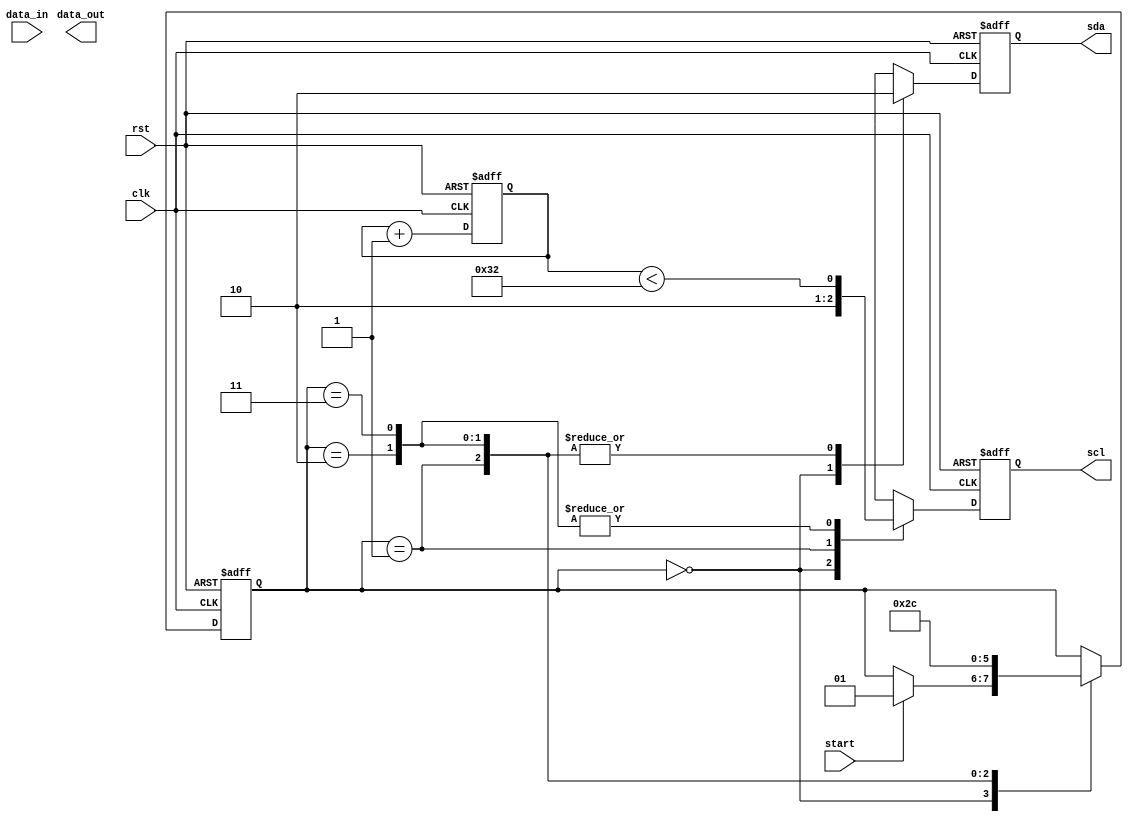
module i2c_controller (
  input wire clk,        // System clock
  input wire rst,        // Reset signal
  input wire start,      // Start signal for initiating communication
  input wire data_in,    // Input data signal from master device
  output wire data_out,  // Output data signal to slave device
  output reg sda,        // I2C serial data line
  output reg scl         // I2C serial clock line
);

// Constants for defining I2C timing parameters
parameter SCL_HIGH_TIME = 50; // SCL high time in clock cycles
parameter SCL_LOW_TIME = 50;  // SCL low time in clock cycles

// Internal signals for timing control
reg [7:0] count_scl_high = 0; // Counter for SCL high time
reg [7:0] count_scl_low = 0;  // Counter for SCL low time
reg data_reg = 0;             // Register for storing data

// FSM states for I2C communication
parameter IDLE = 2'b00;
parameter START = 2'b01;
parameter WRITE = 2'b10;
parameter READ = 2'b11;

reg [1:0] state = IDLE;       // Initial state is IDLE

// Synchronize SDA and SCL outputs with system clock
always @(posedge clk or posedge rst) begin
  if (rst) begin
    sda <= 1'b1;
    scl <= 1'b1;
  end else begin
    case(state)
      IDLE: begin
        sda <= 1'b1;
        scl <= 1'b1;
      end
      START: begin
        sda <= 1'b0;
        scl <= 1'b0;
      end
      WRITE: begin
        sda <= data_reg;
        scl <= count_scl_high < SCL_HIGH_TIME;
      end
      READ: begin
        sda <= data_reg;
        scl <= count_scl_high < SCL_HIGH_TIME;
      end
    endcase
  end
end

// Timing control for generating clock signals
always @(posedge clk or posedge rst) begin
  if (rst) begin
    count_scl_high <= 0;
    count_scl_low <= 0;
  end else begin
    case({count_scl_high, count_scl_low})
      {SCL_HIGH_TIME-1, 0}: count_scl_high <= 0;
      {SCL_HIGH_TIME-1, 0}: count_scl_low <= 0;
      default: begin
        count_scl_high <= count_scl_high + 1;
        count_scl_low <= count_scl_low + 1;
      end
    endcase
  end
end

// Control logic for state transitions
always @(posedge clk or posedge rst) begin
  if (rst) begin
    state <= IDLE;
  end else begin
    case(state)
      IDLE: begin
        if (start) begin
          state <= START;
        end
      end
      START: state <= WRITE;
      WRITE: state <= READ;
      READ: state <= IDLE;
    endcase
  end
end

endmodule